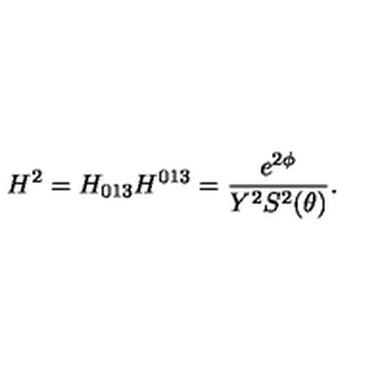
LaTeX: H ^ { 2 } = H _ { 0 1 3 } H ^ { 0 1 3 } = \frac { e ^ { 2 \phi } } { Y ^ { 2 } S ^ { 2 } ( \theta ) } .